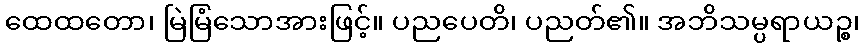
ထေထတော၊ မြဲမြံသောအားဖြင့်။ ပညပေတိ၊ ပညတ်၏။ အဘိသမ္ပရာယဉ္စ၊